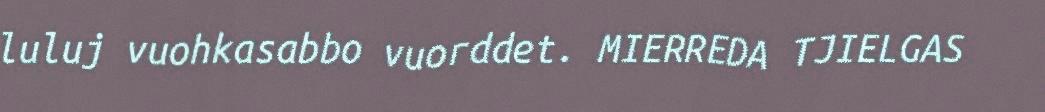
luluj vuohkasabbo vuorddet. MIERREDA TJIELGAS